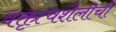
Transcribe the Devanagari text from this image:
वक्तृत्वशैलीची